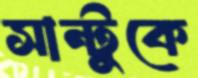
সান্টুকে